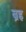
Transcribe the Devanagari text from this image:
ब्रह्